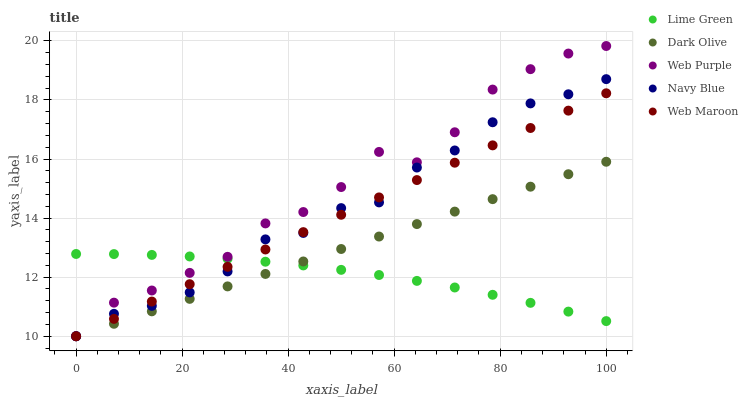
| xaxis_label | Lime Green | Dark Olive | Web Purple | Navy Blue | Web Maroon |
 | --- | --- | --- | --- | --- | --- |
 | 0 | 12.8 | 10 | 10 | 10 | 10 |
 | 7.14 | 12.8 | 10.4 | 11.1 | 10.8 | 10.6 |
 | 14.3 | 12.8 | 10.8 | 11.5 | 11 | 11.2 |
 | 21.4 | 12.7 | 11.3 | 12.1 | 11.5 | 11.8 |
 | 28.6 | 12.6 | 11.7 | 12.7 | 12.2 | 12.4 |
 | 35.7 | 12.5 | 12.1 | 13.8 | 13.3 | 12.9 |
 | 42.9 | 12.4 | 12.5 | 14.2 | 13.5 | 13.5 |
 | 50 | 12.2 | 13 | 15.1 | 14.3 | 14.1 |
 | 57.1 | 12.1 | 13.4 | 16.2 | 14.5 | 14.7 |
 | 64.3 | 11.9 | 13.8 | 15.9 | 15.7 | 15.3 |
 | 71.4 | 11.7 | 14.2 | 16.9 | 16.3 | 15.9 |
 | 78.6 | 11.4 | 14.6 | 18.4 | 17.2 | 16.5 |
 | 85.7 | 11.1 | 15.1 | 19 | 17.9 | 17.1 |
 | 92.9 | 10.8 | 15.5 | 19.6 | 18.2 | 17.6 |
 | 100 | 10.5 | 15.9 | 19.8 | 18.7 | 18.2 |